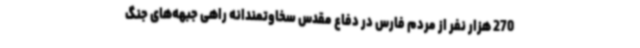
270 هزار نفر از مردم فارس در دفاع مقدس سخاوتمندانه راهی جبهه‌های جنگ